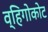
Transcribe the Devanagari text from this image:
व्हिगोकोट